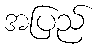
အပြည်